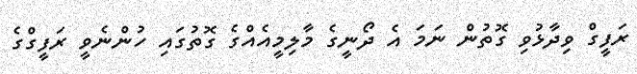
ރަފީގް ވިދާޅުވި ގޮތުން ނަމަ އެ ދޯނީގެ މާލިމީއެއްގެ ގޮތުގައި ހުންނެވީ ރަފީގްގެ